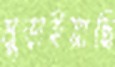
মুড়াইয়াছি